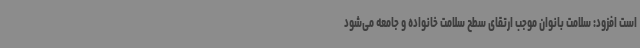
است افزود: سلامت بانوان موجب ارتقای سطح سلامت خانواده و جامعه می‌شود